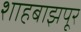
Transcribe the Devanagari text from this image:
शाहबाझपूर